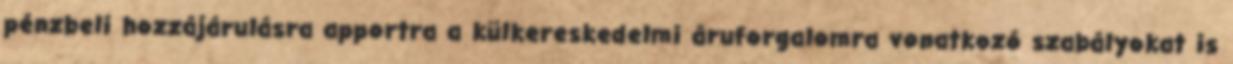
pénzbeli hozzájárulásra apportra a külkereskedelmi áruforgalomra vonatkozó szabályokat is